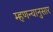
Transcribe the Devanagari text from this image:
म्हणन्यानुसार